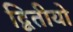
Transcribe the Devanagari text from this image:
द्वितीयो